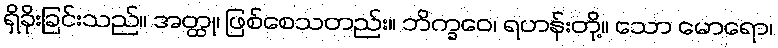
ရှိခိုးခြင်းသည်။ အတ္ထု၊ ဖြစ်စေသတည်း။ ဘိက္ခဝေ၊ ရဟန်းတို့။ သော မောရော၊